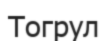
Тогрул